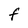
Character: F